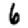
Digit: 6